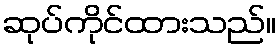
ဆုပ်ကိုင်ထားသည်။